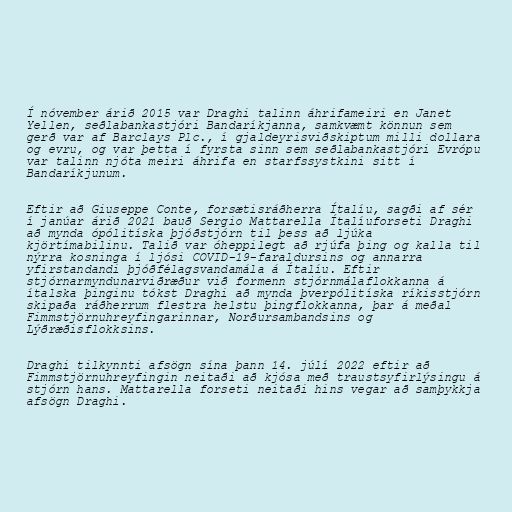
Í nóvember árið 2015 var Draghi talinn áhrifameiri en Janet
Yellen, seðlabankastjóri Bandaríkjanna, samkvæmt könnun sem
gerð var af Barclays Plc., í gjaldeyrisviðskiptum milli dollara
og evru, og var þetta í fyrsta sinn sem seðlabankastjóri Evrópu
var talinn njóta meiri áhrifa en starfssystkini sitt í
Bandaríkjunum.

Eftir að Giuseppe Conte, forsætisráðherra Ítalíu, sagði af sér
í janúar árið 2021 bauð Sergio Mattarella Ítalíuforseti Draghi
að mynda ópólitíska þjóðstjórn til þess að ljúka
kjörtímabilinu. Talið var óheppilegt að rjúfa þing og kalla til
nýrra kosninga í ljósi COVID-19-faraldursins og annarra
yfirstandandi þjóðfélagsvandamála á Ítalíu. Eftir
stjórnarmyndunarviðræður við formenn stjórnmálaflokkanna á
ítalska þinginu tókst Draghi að mynda þverpólitíska ríkisstjórn
skipaða ráðherrum flestra helstu þingflokkanna, þar á meðal
Fimmstjörnuhreyfingarinnar, Norðursambandsins og
Lýðræðisflokksins.

Draghi tilkynnti afsögn sína þann 14. júlí 2022 eftir að
Fimmstjörnuhreyfingin neitaði að kjósa með traustsyfirlýsingu á
stjórn hans. Mattarella forseti neitaði hins vegar að samþykkja
afsögn Draghi.